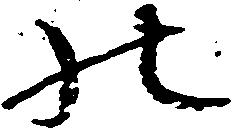
の